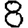
Digit: 8